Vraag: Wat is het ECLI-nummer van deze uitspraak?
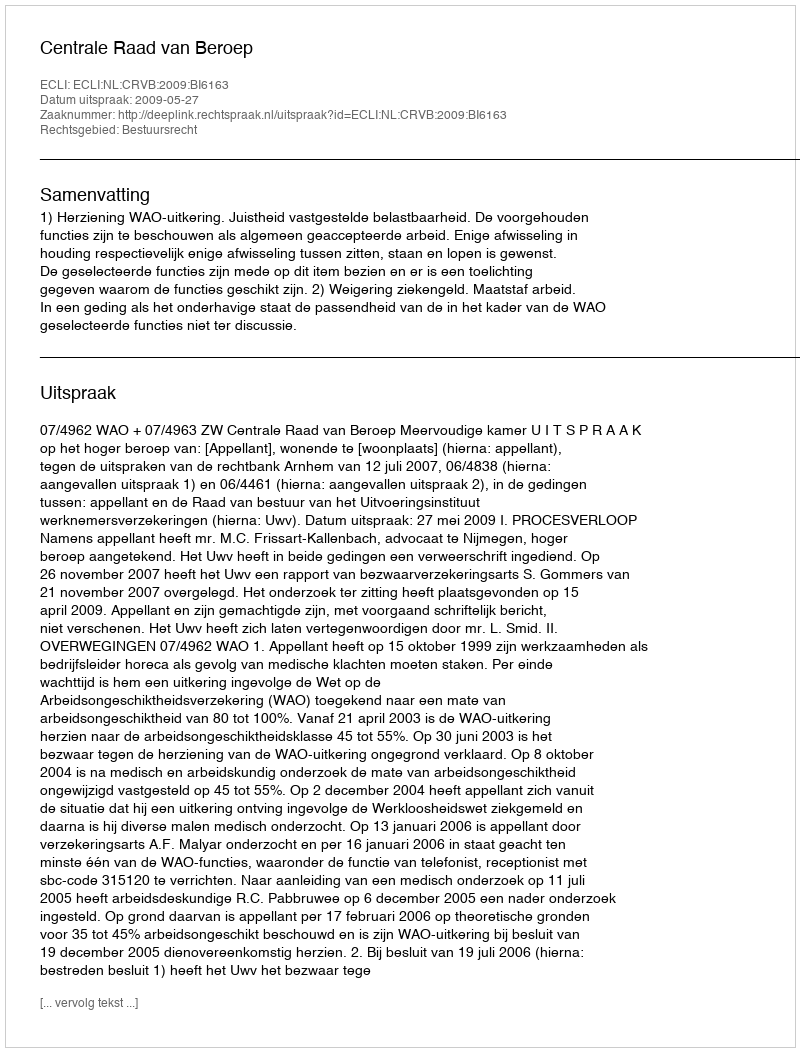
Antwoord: ECLI:NL:CRVB:2009:BI6163